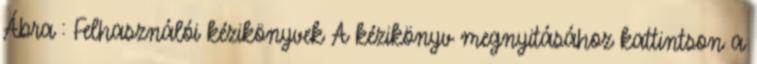
Ábra : Felhasználói kézikönyvek A kézikönyv megnyitásához kattintson a